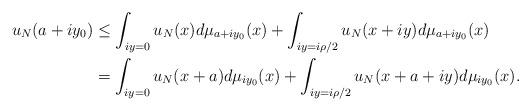
LaTeX: \begin{align*}u_N(a + iy_0) &\leq \int_{iy = 0} u_N(x) d\mu_{a + iy_0}(x) + \int_{iy = i\rho/2} u_N(x + iy) d\mu_{a + i y_0}(x)\\&= \int_{iy = 0} u_N(x + a) d\mu_{iy_0}(x) + \int_{iy = i\rho/2} u_N(x + a + iy) d\mu_{iy_0}(x).\end{align*}